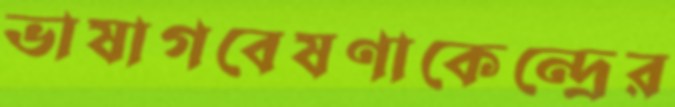
ভাষাগবেষণাকেন্দ্রের